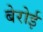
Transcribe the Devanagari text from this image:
बेरोई